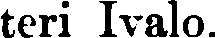
teri Ivalo.